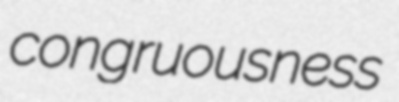
congruousness